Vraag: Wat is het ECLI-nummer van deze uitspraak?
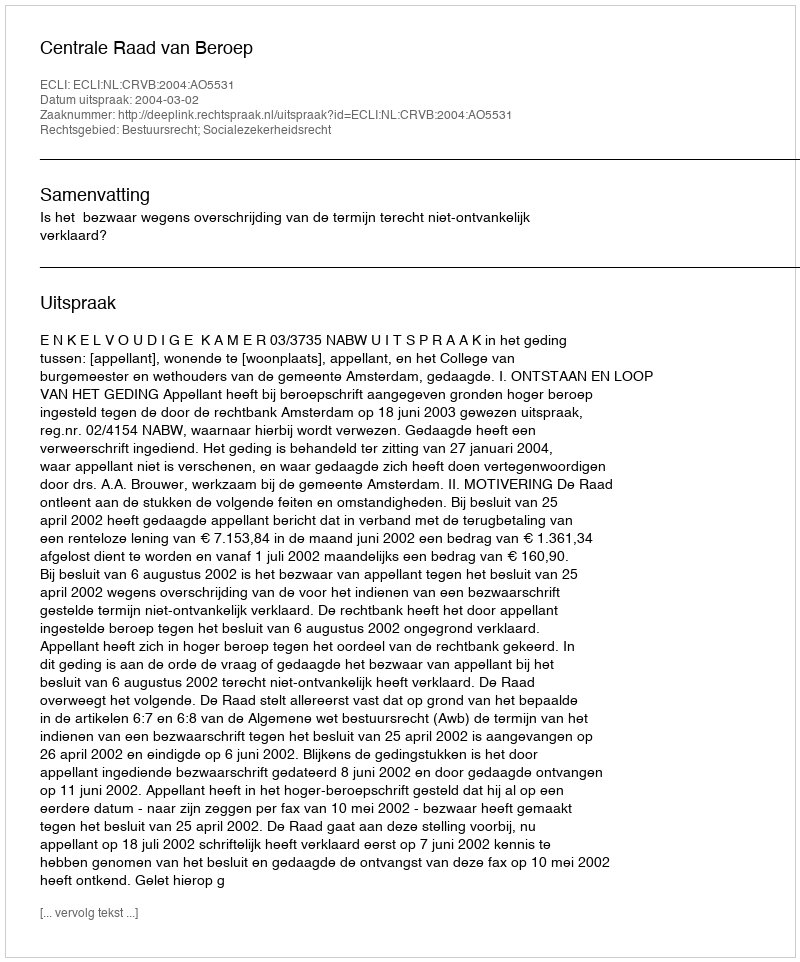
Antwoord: ECLI:NL:CRVB:2004:AO5531